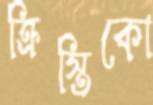
ক্রিস্তিকো